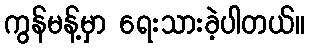
ကွန်မန့်မှာ ရေးသားခဲ့ပါတယ်။